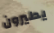
يطيرون